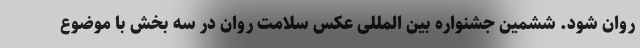
روان شود. ششمین جشنواره بین المللی عکس سلامت روان در سه بخش با موضوع